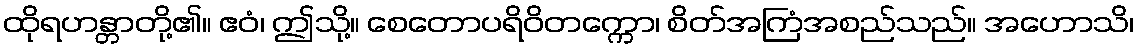
ထိုရဟန္တာတို့၏။ ဧဝံ၊ ဤသို့။ စေတောပရိဝိတက္ကော၊ စိတ်အကြံအစည်သည်။ အဟောသိ၊